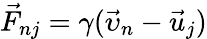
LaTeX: \vec{F}_{nj}=\gamma(\vec{\upsilon}_{n}-\vec{u}_{j})